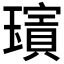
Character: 𱯱